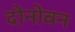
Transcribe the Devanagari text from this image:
दोनोवन